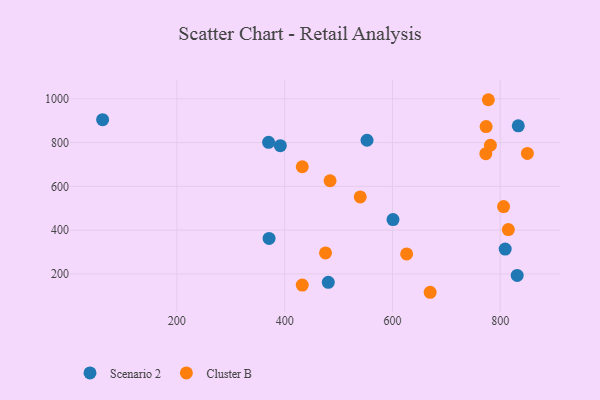
{"axis": {"x": "Engine Size", "y": "Rating"}, "legend": ["Cluster B", "Scenario 2"], "data": [{"x": "833.6", "y": 876.8, "type": "Scenario 2"}, {"x": "62.2", "y": 904.6, "type": "Scenario 2"}, {"x": "392.0", "y": 786.0, "type": "Scenario 2"}, {"x": "831.6", "y": 193.1, "type": "Scenario 2"}, {"x": "371.1", "y": 362.3, "type": "Scenario 2"}, {"x": "552.9", "y": 810.6, "type": "Scenario 2"}, {"x": "809.3", "y": 313.7, "type": "Scenario 2"}, {"x": "601.1", "y": 448.4, "type": "Scenario 2"}, {"x": "481.0", "y": 161.6, "type": "Scenario 2"}, {"x": "370.2", "y": 801.3, "type": "Scenario 2"}, {"x": "475.9", "y": 295.9, "type": "Cluster B"}, {"x": "670.1", "y": 116.3, "type": "Cluster B"}, {"x": "773.4", "y": 749.3, "type": "Cluster B"}, {"x": "850.5", "y": 750.5, "type": "Cluster B"}, {"x": "778.1", "y": 995.8, "type": "Cluster B"}, {"x": "773.9", "y": 873.1, "type": "Cluster B"}, {"x": "815.2", "y": 402.5, "type": "Cluster B"}, {"x": "626.4", "y": 291.4, "type": "Cluster B"}, {"x": "432.7", "y": 689.7, "type": "Cluster B"}, {"x": "781.9", "y": 787.8, "type": "Cluster B"}, {"x": "432.7", "y": 149.1, "type": "Cluster B"}, {"x": "806.3", "y": 507.6, "type": "Cluster B"}, {"x": "484.3", "y": 625.8, "type": "Cluster B"}, {"x": "540.3", "y": 551.7, "type": "Cluster B"}]}